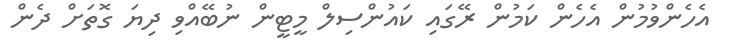
އެހެންވުމުން އެހެން ކަމުން ރޭގައި ކައުންސިލް މީޓީން ނުބޭއްވި ދިޔަ ގޮތަށް ދެން